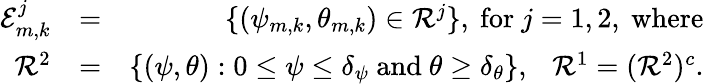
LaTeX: \begin{array}{rlr}{\mathcal{E}_{m,k}^{j}}&{=}&{\{ (\psi_{m,k},\theta_{m,k})\in\mathcal{R}^{j}\} ,\ \mathrm{for}\ j=1,2,\mathrm{~where}}\\ {\mathcal{R}^{2}}&{=}&{\{ (\psi,\theta):0\leq\psi\leq\delta_{\psi}\mathrm{~and~}\theta\geq\delta_{\theta}\} ,\ \ \ \mathcal{R}^{1}=(\mathcal{R}^{2})^{c}.}\end{array}